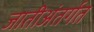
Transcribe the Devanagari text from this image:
जातीअंतर्गत